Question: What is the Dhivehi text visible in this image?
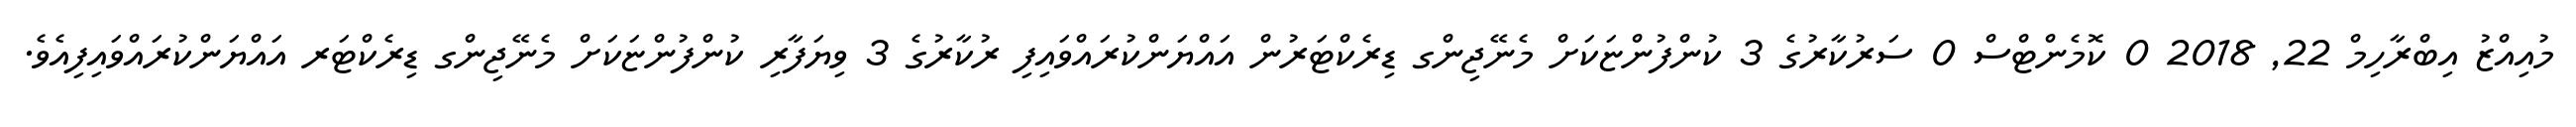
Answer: މުއިއްޒު އިބްރާހިމް 22, 2018 0 ކޮމެންޓްސް 0 ސަރުކާރުގެ 3 ކުންފުންޏަކަށް މެނޭޖިންގ ޑިރެކްޓަރުން އައްޔަންކުރައްވައިފި ރުކާރުގެ 3 ވިޔަފާރި ކުންފުންޏަކަށް މެނޭޖިންގ ޑިރެކްޓަރ އައްޔަންކުރައްވައިފިއެވެ.